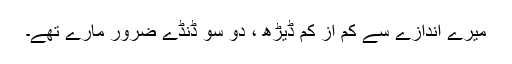
میرے اندازے سے کم از کم ڈیڑھ ، دو سو ڈنڈے ضرور مارے تھے۔